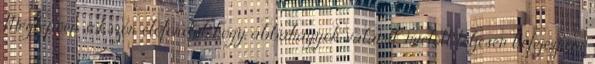
Meglepően sokszor előfordul, hogy abbahagyok valamit, mielőtt teljesen befejezném.